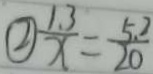
\textcircled { 2 } \frac { 1 . 3 } { x } = \frac { 5 . 2 } { 2 0 }